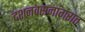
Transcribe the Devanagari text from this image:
दशनवसनांगरात